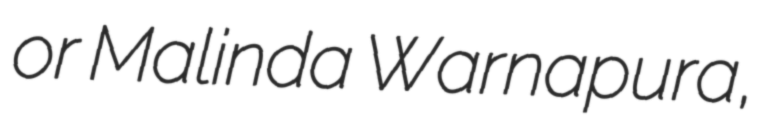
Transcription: or Malinda Warnapura,